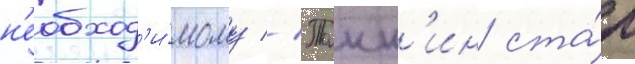
н'еобход'и́мому // Танн'ин ста́л